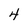
Character: 4